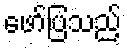
ဖော်ပြသည့်